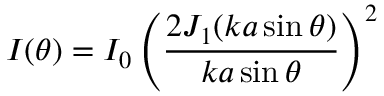
I ( \theta ) = I _ { 0 } \left( { \frac { 2 J _ { 1 } ( k a \sin \theta ) } { k a \sin \theta } } \right) ^ { 2 }